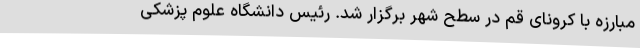
مبارزه با کرونای قم در سطح شهر برگزار شد. رئیس دانشگاه علوم پزشکی